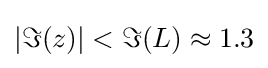
|\Im (z)|<\Im (L)\approx 1.3